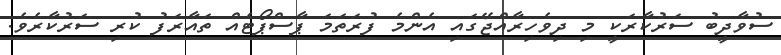
ސުވާދީބު ސަރުކާރަކީ މި ދިވެހިރާއްޖޭގައި އެންމެ ފުރަތަމަ ޕާސްޕޯޓެއް ތައާރަފު ކުރި ސަރުކާރެވެ.